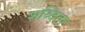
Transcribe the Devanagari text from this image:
शब्दिता